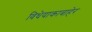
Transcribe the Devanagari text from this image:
विधेयाकाबाहेर